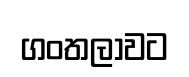
ගංතලාවට